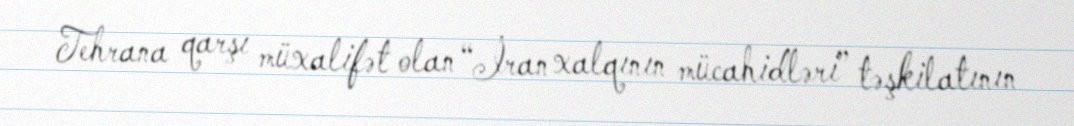
Tehrana qarşı müxalifət olan “İran xalqının mücahidləri” təşkilatının